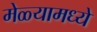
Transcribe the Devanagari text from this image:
मेळ्यामध्ये